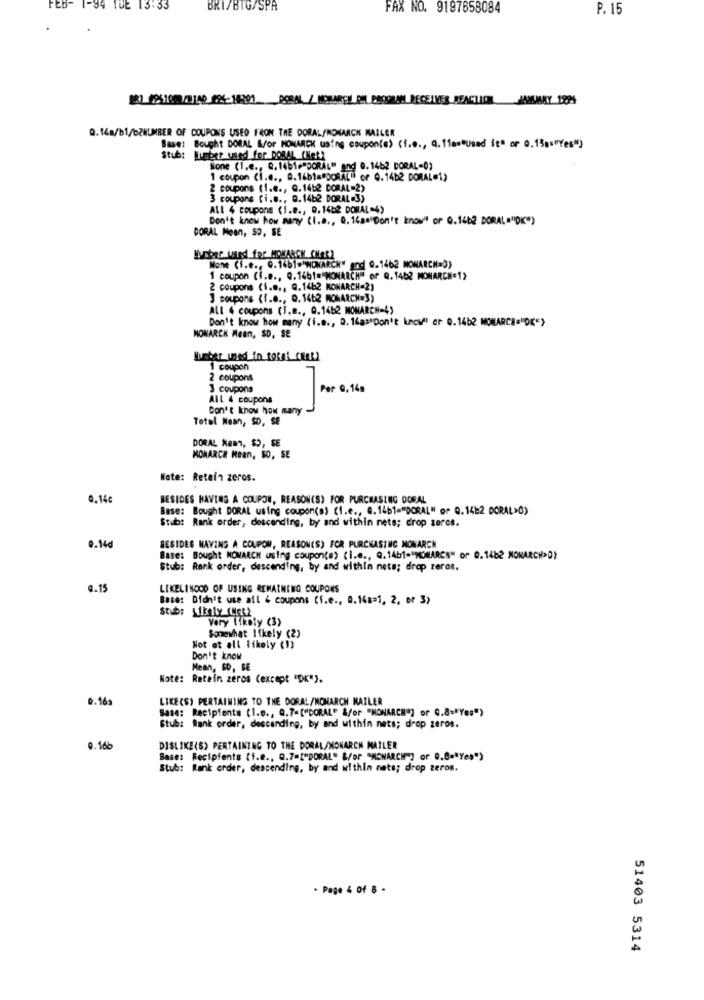
FEB- 1-34 TUE 13:33
BRI/BTG/SPA
FAX NO. 9197658084
P. 15
[8]_22510007/B140 124-14201 PORAL / MONARCH PH PROGRAMI RECEIVES REACTION JANUARY 1224
Q.14a/b1/b2NUMBER OF COUPONS USED FRON THE DORAL/MONARCH MAILER
Base: Bought DORAL W/or MONARCH using coupon(e) (1.0 ., Q.11am"Used it" or 0.15a="Yes")
stub: Knumber used for DOBAL (Hat)
Sone (I.e ., Q. 1461."DORAL" and 0.1462 BORAL-0)
1 coupon (i.e ., 9.14b1="DORAL" of 0.14b2 DORAL=1)
2 coupons (1.e ., Q.1452 CORAL=2)
3 coupons (i ..., 9.1482 DORAL 3)
All 4 coupons (i.e ., D. 14b2 DORAL-4)
Don't know how many (1.8 ., Q. 14a="Don't know" or Q.14b2 DORAL ="DK")
DORAL Mean, SD, SE
Muchas used for MONARCH CHOR)
Mone (i.e ., Q.1461-"WOWARCH" and 0.1462 MONARCH=0)
1 coupon (I.e ., Q.1461="MONARCH" of Q. 1462 MONARCH=1)
2 coupons (i.e ., Q.1462 MONARCH=2)
3 coupons (1.8 ., D. 1462 MONARCH=3)
All 4 coupons (T.m ., Q.14b2 MONARCH-4)
Don't know how many (i.e ., D. 14as Don't knowll ar 0.14b2 MONARCH="DK=>
MONARCH Mean, SD, SE
Isbar used in torni_CHeR)
1 coupon
2 coupons
3 coupons
Per 0. 14g
ALL 4 coupons
L
Don't know how many
Total Mean, SD, SE
DORAL Nemn, $9, SE
MONARCH Mean, SO, SE
Note: Retain zeros.
0.14c
BESIDES HAVING A COUPON, REASON(S) FOR PURCHASING DORAL
Base: Bought DORAL using coupon(s) (i.e ., @. 14b1="DORAL" or Q. 14b2 DORAL>0)
Stub: Rank order, descending, by and within nets; drop zeres.
0.14d
BESIDES HAVING A COUPON, REASON(S) FOR PURCHASING MONARCH
Base: Bought MONARCH using coupon(s) (i.e ., Q.1461-"MONARCA" or 0.1482 MONARCH>0)
Stub: Rank order, descending, by and within nete; drop zeros.
@.15
LIKELIHOOD OF USING REMAINING COUPONS
Base: Didn't use all & coupons [f.e ., 0.14a=1, 2, or 3>
Stub: Likely (Mes2
Very likely (3)
Not at all likely (1)
Somewhat Ifkely (2)
Don't know
Mean, BD, BE
Note: Ratein zeros (except "OK").
Q.16a
LIKE(S) PERTAINING TO THE DORAL/MONARCH MAILER
Base: Recipients (I.e ., Q.7=["DORAL" &/or "MONARCH"] or Q.8="Yes")
Stub: Rank order, descending, by and within nets; drop zeros.
0.16b
DISLIKE(S) PERTAINING TO THE DORAL/MONARCH MAILER
Base: Recipients (i.e ., Q.7=["DORAL" &/or "MONARCH"] or 0.8 -* Yes")
Stub: Rank order, descending, by and within nets; drop teros.
. Page 4 of 8 -
51403 5314